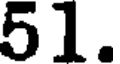
51.